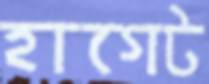
হাগেট